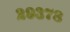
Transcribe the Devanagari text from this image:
२९३७८